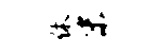
休末